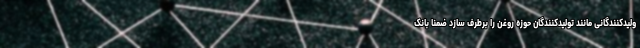
ولیدکنندگانی مانند تولیدکنندگان حوزه روغن را برطرف سازد ضمنا بانک